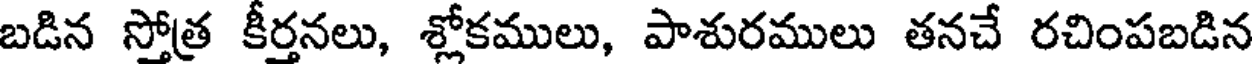
బడిన స్తోత్ర కీర్తనలు, శ్లోకములు, పాశురములు తనచే రచింపబడిన